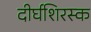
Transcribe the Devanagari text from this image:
दीर्घशिरस्क